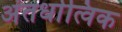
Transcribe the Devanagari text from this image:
अंतर्धात्विक